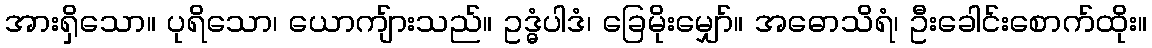
အားရှိသော။ ပုရိသော၊ ယောကျ်ားသည်။ ဥဒ္ဓံပါဒံ၊ ခြေမိုးမျှော်။ အဓောသိရံ၊ ဦးခေါင်းစောက်ထိုး။